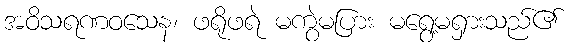
အဝိသရဏဝသေန၊ ဖရိုဖရဲ မကွဲမပြား မရွေ့မရှားသည်၏